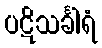
ပဋိသင်္ခါရံ